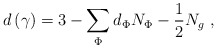
\begin{align*}d\left( \gamma \right) =3-\sum\limits_\Phi d_\Phi N_\Phi -\frac 12N_g\,\,,\end{align*}